Indian journal of veterinary science and animal husbandry - Volumes 24-25, 1954-1955
Year: 1954
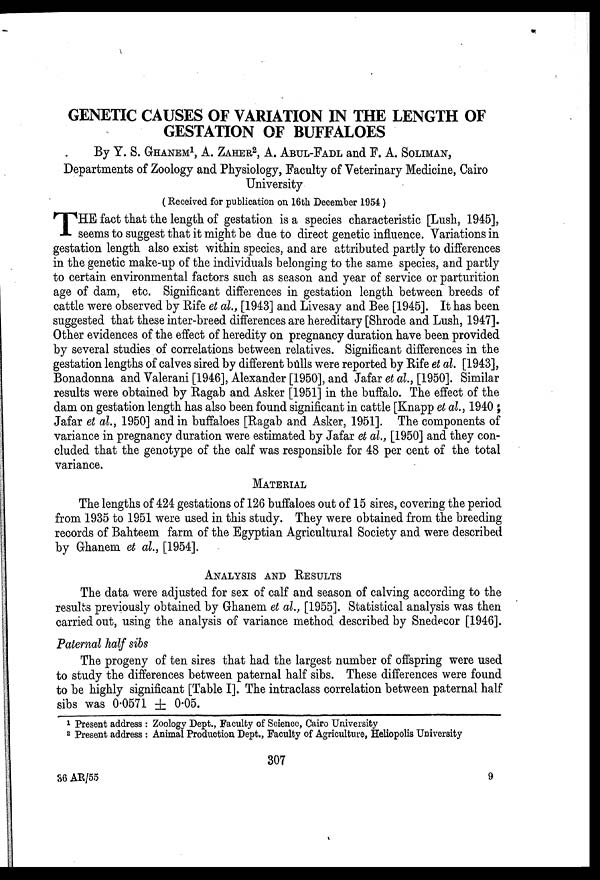
GENETIC CAUSES OF VARIATION IN THE LENGTH OF
GESTATION OF BUFFALOES
By Y. S. GHANEM1, A. ZAHER2, A. ABUL-FADL and F. A. SOLIMAN,
Departments of Zoology and Physiology, Faculty of Veterinary Medicine, Cairo
University
(Received for publication on 16th December 1954 )
T HE fact that the length of gestation is a species characteristic [Lush, 1945],
seems to suggest that it might be due to direct genetic influence. Variations in
gestation length also exist within species, and are attributed partly to differences
in the genetic make-up of the individuals belonging to the same species, and partly
to certain environmental factors such as season and year of service or parturition
age of dam, etc. Significant differences in gestation length between breeds of
cattle were observed by Rife et al., [1943] and Livesay and Bee [1945]. It has been
suggested that these inter-breed differences are hereditary [Shrode and Lush, 1947].
Other evidences of the effect of heredity on pregnancy duration have been provided
by several studies of correlations between relatives. Significant differences in the
gestation lengths of calves sired by different bulls were reported by Rife et al. [1943],
Bonadonna and Valerani [1946], Alexander [1950], and Jafar et al., [1950]. Similar
results were obtained by Ragab and Asker [1951] in the buffalo. The effect of the
dam on gestation length has also been found significant in cattle [Knapp et al., 1940 ;
Jafar et al., 1950] and in buffaloes [Ragab and Asker, 1951]. The components of
variance in pregnancy duration were estimated by Jafar et al., [1950] and they con-
cluded that the genotype of the calf was responsible for 48 per cent of the total
variance.
MATERIAL
The lengths of 424 gestations of 126 buffaloes out of 15 sires, covering the period
from 1935 to 1951 were used in this study. They were obtained from the breeding
records of Bahteem farm of the Egyptian Agricultural Society and were described
by Ghanem et al., [1954].
ANALYSIS AND RESULTS
The data were adjusted for sex of calf and season of calving according to the
results previously obtained by Ghanem et al., [1955]. Statistical analysis was then
carried out, using the analysis of variance method described by Snedecor [1946].
Paternal half sibs
The progeny of ten sires that had the largest number of offspring were used
to study the differences between paternal half sibs. These differences were found
to be highly significant [Table I]. The intraclass correlation between paternal half
sibs was 0.0571 ± 0.05.
1 Present address : Zoology Dept., Faculty of Science, Cairo University
2 Present address : Animal Production Dept., Faculty of Agriculture, Heliopolis University
307
36 AR/55
9